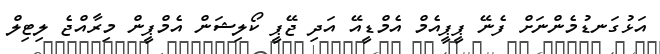
އަޅުގަނޑުމެންނަށް ފެނޭ ޕީޕީއެމް އެމްޑީއޭ އަދި ޖޭޕީ ކޯލިޝަން އެމްޕީން މިރާއްޖެ ލިޓިލް